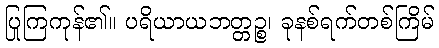
ပြုကြကုန်၏။ ပရိယာယဘတ္တဉ္စ၊ ခုနစ်ရက်တစ်ကြိမ်